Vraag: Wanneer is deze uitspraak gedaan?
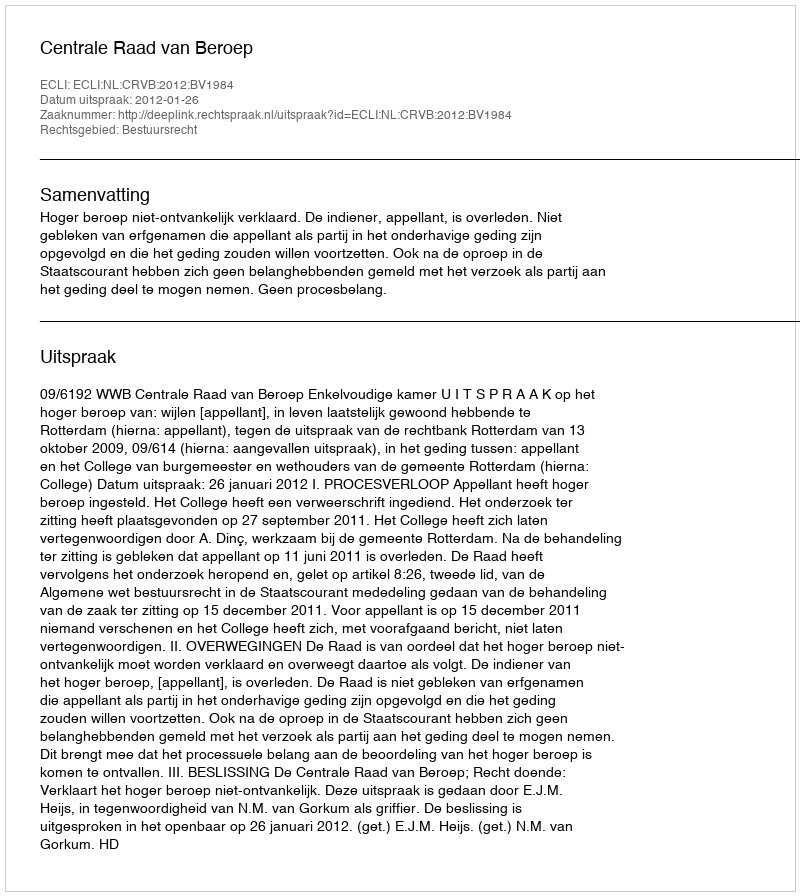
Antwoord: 2012-01-26